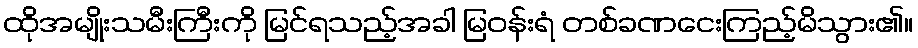
ထိုအမျိုးသမီးကြီးကို မြင်ရသည့်အခါ မြဝန်းရံ တစ်ခဏငေးကြည့်မိသွား၏။